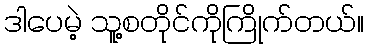
ဒါပေမဲ့ သူ့စတိုင်ကိုကြိုက်တယ်။